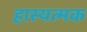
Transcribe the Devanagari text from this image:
हास्यत्मक